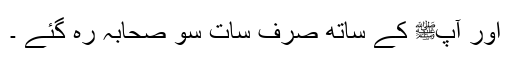
اور آپﷺ کے ساتھ صرف سات سو صحابہؓ رہ گئے ۔